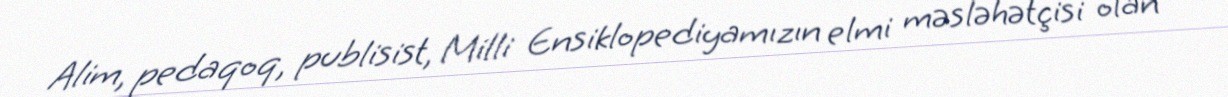
Alim, pedaqoq, publisist, Milli Ensiklopediyamızın elmi məsləhətçisi olan